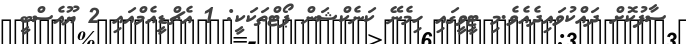
ސާފުކޮށް ދައްކުވައިދެއެވެ.މި ޓީވީގައި ހިމެނޭ ކަނެކްޝަން ޕޯޓްތަކަކީ: 1 އެޗްޑީއެމްއައި 2 ޔޫއެސްބީ